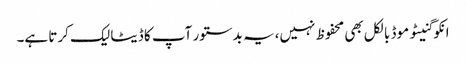
انکوگنیٹو موڈ بالکل بھی محفوظ نہیں، یہ بدستور آپ کا ڈیٹا لیک کرتا ہے۔